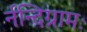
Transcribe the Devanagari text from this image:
र्नन्दिग्रामः